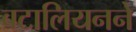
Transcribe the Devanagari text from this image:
बटालियनने